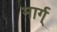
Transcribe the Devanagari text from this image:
मार्ग्